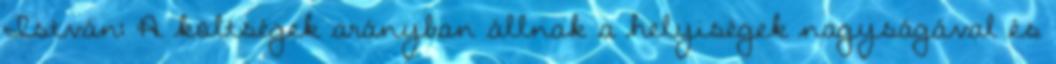
István: A költségek arányban állnak a helyiségek nagyságával és